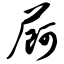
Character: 屙